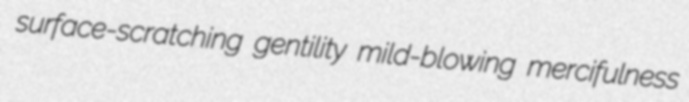
surface-scratching gentility mild-blowing mercifulness